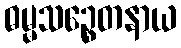
ဓမ္မသဉ္စေတနာယ